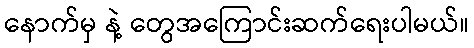
နောက်မှ နဲ့ တွေအကြောင်းဆက်ရေးပါမယ်။